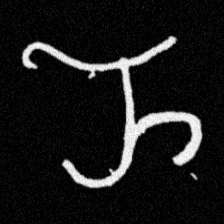
Pyu character \u2014 Myanmar letter: ည (romanized: nya)